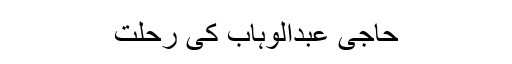
حاجی عبدالوہاب کی رحلت